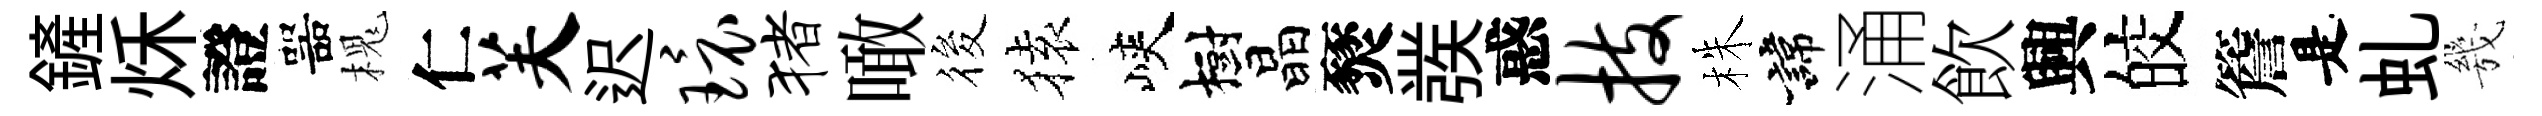
鏟秌證噐槐仁芙迟环猪噉筱𫞤峽樹晶燹彂惑技株諱涌飲興皎簷是虬㡬